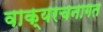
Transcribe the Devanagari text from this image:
वाक्यरचनागत